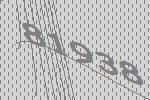
81938